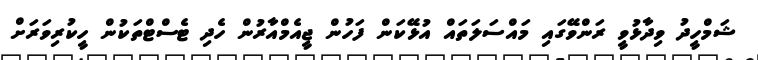
ޝަމްހީދު ވިދާޅުވީ ރަންވޭގައި މައްސަލަތައް އުޅޭކަން ފަހުން ޖީއެމްއާރުން ހެދި ޓެސްޓްތަކުން ހީކުރިވަރަށް